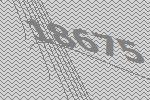
18675